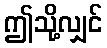
ဤသို့လျှင်